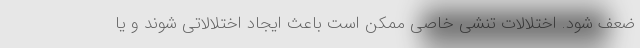
ضعف شود. اختلالات تنشی خاصی ممکن است باعث ایجاد اختلالاتی شوند و یا